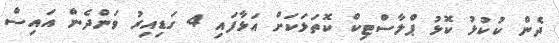
ދެން ކުކުޅު ކޮޅު ޕްލާސްޓިކް ކޮތަޅަކަށް އަޅާފައި 4 ގަޑިއިރު ވަންދެން އައިސް